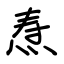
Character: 焘